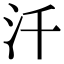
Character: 汘